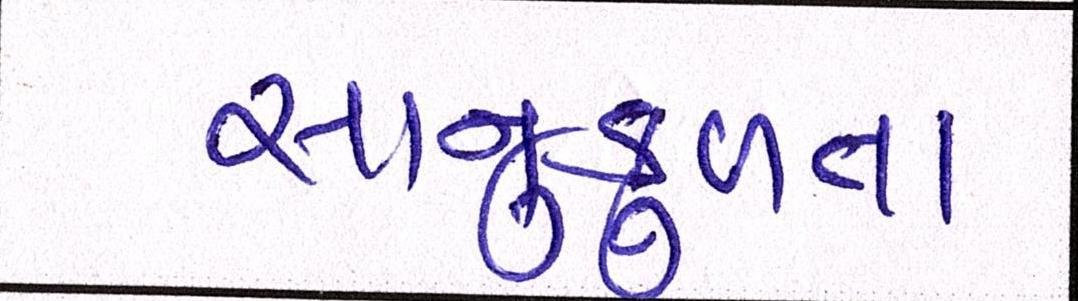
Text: સાનુકુળતા